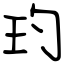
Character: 玓